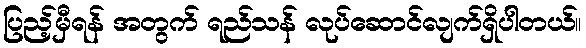
ပြည့်မှီရန် အတွက် ရည်သန် လုပ်ဆောင်လျက်ရှိပါတယ်။